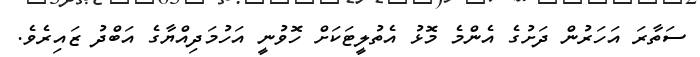
ސަތާރަ އަހަރުން ދަށުގެ އެންމެ މޮޅު އެތުލީޓަކަށް ހޮވުނީ އަހުމަދިއްޔާގެ އަބްދު ޒައިރެވެ.